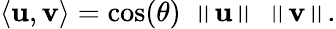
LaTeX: \langle\mathbf{u},\mathbf{v}\rangle=\cos(\theta)\ \left\| \mathbf{u}\right\| \ \left\| \mathbf{v}\right\| .